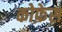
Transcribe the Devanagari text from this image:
कोफ़ेस